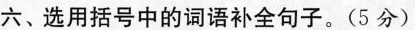
六、选用括号中的词语补全句子.(5 分)